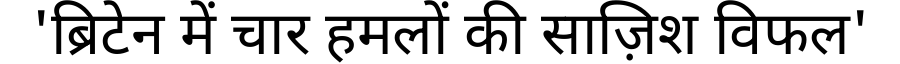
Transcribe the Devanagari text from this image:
'ब्रिटेन में चार हमलों की साज़िश विफल'